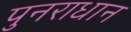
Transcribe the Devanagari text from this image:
पुनराधान